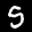
Label: 5